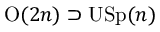
\mathrm { O } ( 2 n ) \supset \mathrm { U S p } ( n )